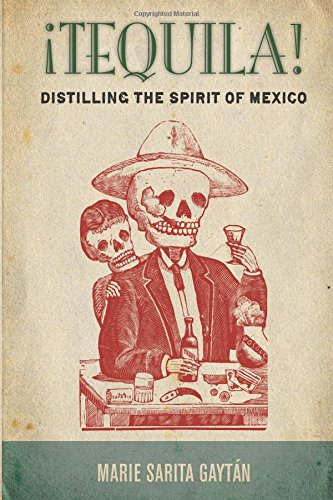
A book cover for Â¡Tequila!: Distilling the Spirit of Mexico; Marie GaytÃ¡n; History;